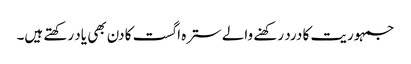
جمہوریت کا درد رکھنے والے سترہ اگست کا دن بھی یاد رکھتے ہیں۔